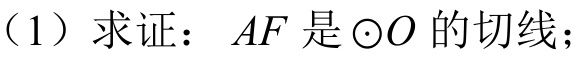
（1）求证：\(AF\)是\(\odot O\)的切线；